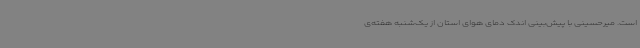
است. میرحسینی با پیش‌بینی اندک دمای هوای استان از یک‌شنبه هفته‌ی